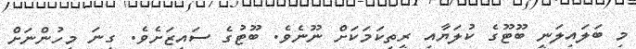
މި ބަލައިލަނީ ބޫޓޫގެ ކުލަޔާއި ރީތިކަމަކަށް ނޫނެވެ. ބޫޓުގެ ސައިޒަށެވެ. ގިނަ މީހުންނަށް